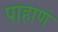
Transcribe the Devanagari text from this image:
पाहाणं